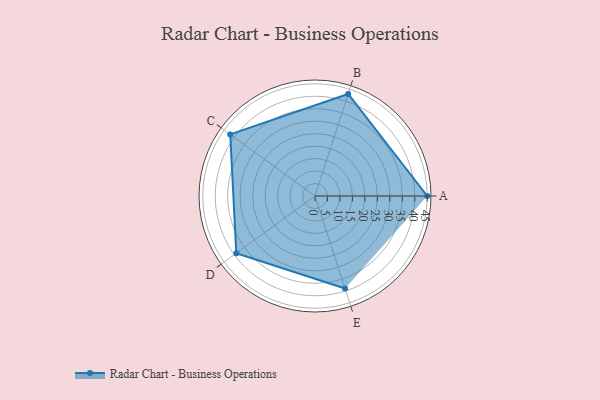
{"axis": {"x": "Skill", "y": "Score"}, "legend": ["Profile"], "data": [{"x": "A", "y": 45.0, "type": "Profile"}, {"x": "B", "y": 43.0, "type": "Profile"}, {"x": "C", "y": 42.0, "type": "Profile"}, {"x": "D", "y": 39.0, "type": "Profile"}, {"x": "E", "y": 39.0, "type": "Profile"}]}